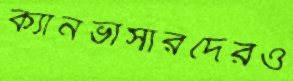
ক্যানভাসারদেরও